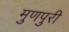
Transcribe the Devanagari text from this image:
मुणपुरी